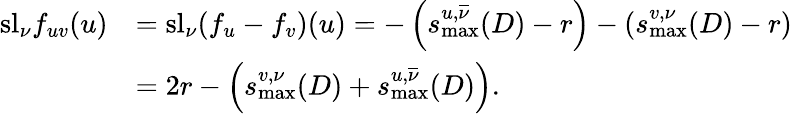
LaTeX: \begin{array}{rl}{\mathrm{sl}_{\nu}f_{uv}(u)}&{=\mathrm{sl}_{\nu}(f_{u}-f_{v})(u)=-\left(s_{\mathrm{max}}^{u,\overline{\nu}}(D)-r\right)-\left(s_{\mathrm{max}}^{v,\nu}(D)-r\right)}\\ &{=2r-\left(s_{\mathrm{max}}^{v,\nu}(D)+s_{\mathrm{max}}^{u,\overline{\nu}}(D)\right).}\end{array}